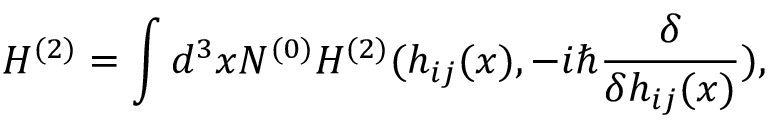
H ^ { ( 2 ) } = \int d ^ { 3 } x N ^ { ( 0 ) } H ^ { ( 2 ) } ( h _ { i j } ( x ) , - i \hbar \frac { \delta } { \delta h _ { i j } ( x ) } ) ,